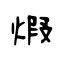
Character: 煆